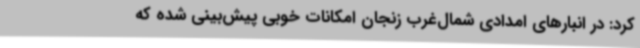
کرد: در انبارهای امدادی شمال‌غرب زنجان امکانات خوبی پیش‌بینی شده که